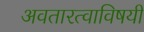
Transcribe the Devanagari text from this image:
अवतारत्वाविषयी